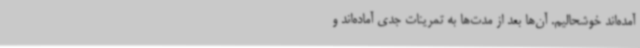
آمده‌اند خوشحالیم. آن‌ها بعد از مدت‌ها به تمرینات جدی آماده‌اند و